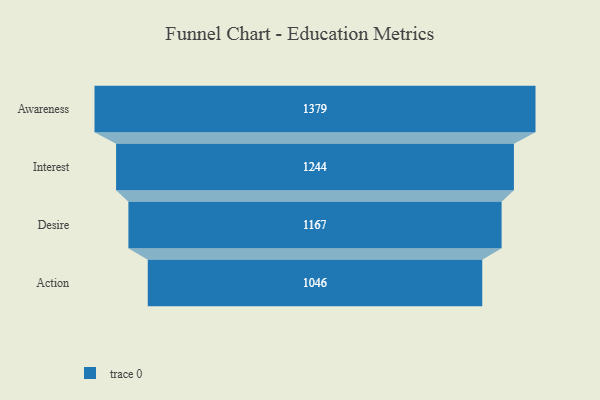
{"axis": {"x": "Stage", "y": "Value"}, "legend": [""], "data": [{"x": "Awareness", "y": 1379.0, "type": ""}, {"x": "Interest", "y": 1244.0, "type": ""}, {"x": "Desire", "y": 1167.0, "type": ""}, {"x": "Action", "y": 1046.0, "type": ""}]}